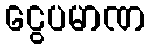
ငွေပမာဏ